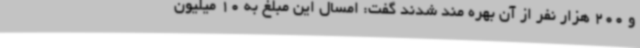
و 200 هزار نفر از آن بهره مند شدند گفت: امسال این مبلغ به 10 میلیون